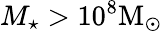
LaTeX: M_{\star}>10^{8}\mathrm{M}_{\odot}